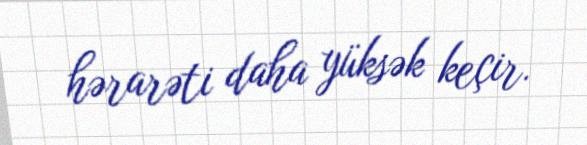
hərarəti daha yüksək keçir.